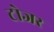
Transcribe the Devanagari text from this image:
टोजर